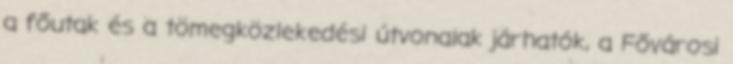
a főutak és a tömegközlekedési útvonalak járhatók, a Fővárosi